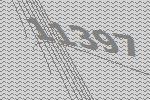
11397